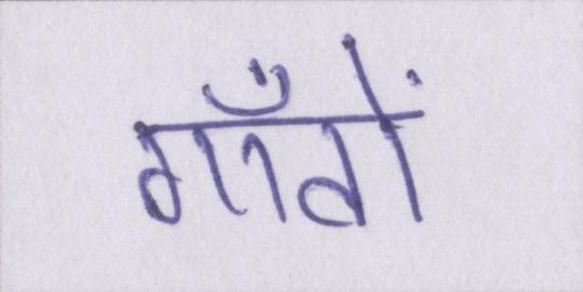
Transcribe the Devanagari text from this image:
गाँवों